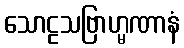
သောဠသဗြာဟ္မဏာနံ